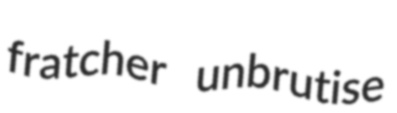
fratcher unbrutise